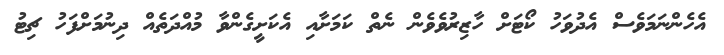
އެހެންނަމަވެސް އެދުވަހު ކޯޓަށް ހާޒިރުވެވެން ނެތް ކަމަށާއި އެކަށީގެންވާ މުއްދަތެއް ދިނުމަށްފަހު ޗިޓު